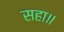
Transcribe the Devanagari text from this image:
सहा॥